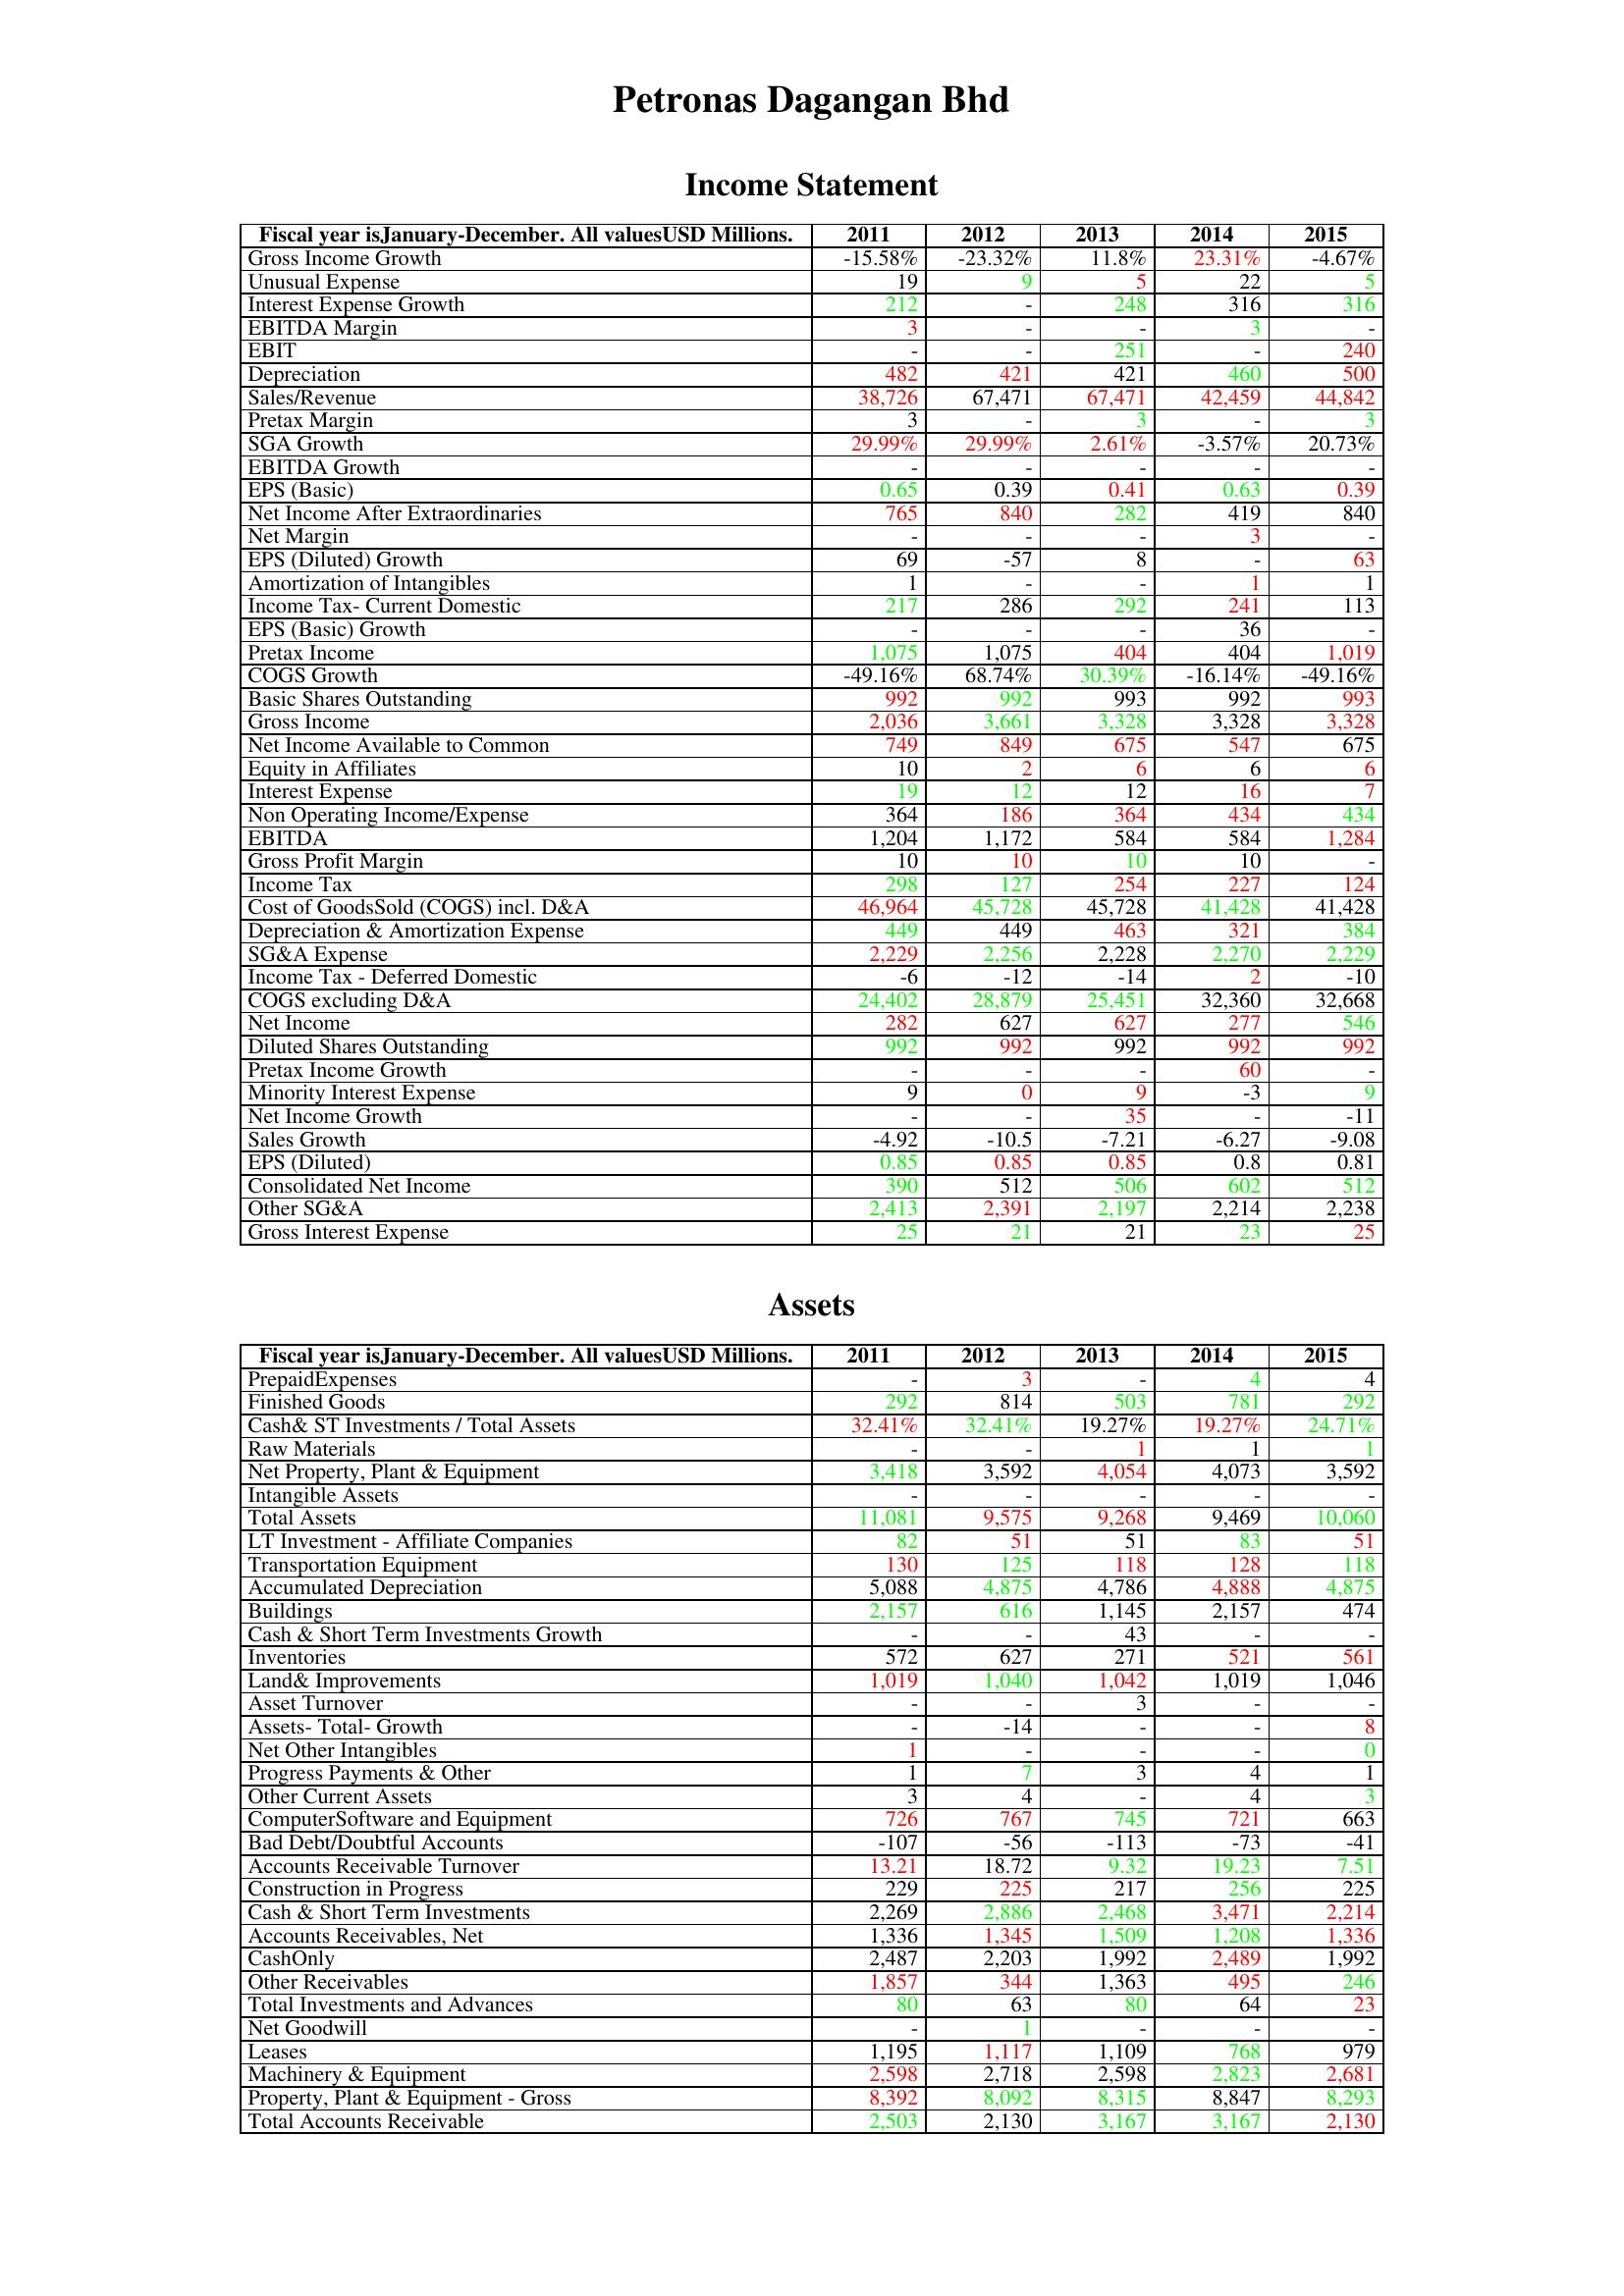
gt_parse: 2011: Income Statement: Gross Income Growth: -15.58%
Unusual Expense: 19
Interest Expense Growth: 212
EBITDA Margin: 3
EBIT: -
Depreciation: 482
Sales/Revenue: 38,726
Pretax Margin: 3
SGA Growth: 29.99%
EBITDA Growth: -
EPS (Basic): 0.65
Net Income After Extraordinaries: 765
Net Margin: -
EPS (Diluted) Growth: 69
Amortization of Intangibles: 1
Income Tax- Current Domestic: 217
EPS (Basic) Growth: -
Pretax Income: 1,075
COGS Growth: -49.16%
Basic Shares Outstanding: 992
Gross Income: 2,036
Net Income Available to Common: 749
Equity in Affiliates: 10
Interest Expense: 19
Non Operating Income/Expense: 364
EBITDA: 1,204
Gross Profit Margin: 10
Income Tax: 298
Cost of GoodsSold (COGS) incl. D&A: 46,964
Depreciation & Amortization Expense: 449
SG&A Expense: 2,229
Income Tax - Deferred Domestic: -6
COGS excluding D&A: 24,402
Net Income: 282
Diluted Shares Outstanding: 992
Pretax Income Growth: -
Minority Interest Expense: 9
Net Income Growth: -
Sales Growth: -4.92
EPS (Diluted): 0.85
Consolidated Net Income: 390
Other SG&A: 2,413
Gross Interest Expense: 25
Assets: PrepaidExpenses: -
Finished Goods: 292
Cash& ST Investments / Total Assets: 32.41%
Raw Materials: -
Net Property, Plant & Equipment: 3,418
Intangible Assets: -
Total Assets: 11,081
LT Investment - Affiliate Companies: 82
Transportation Equipment: 130
Accumulated Depreciation: 5,088
Buildings: 2,157
Cash & Short Term Investments Growth: -
Inventories: 572
Land& Improvements: 1,019
Asset Turnover: -
Assets- Total- Growth: -
Net Other Intangibles: 1
Progress Payments & Other: 1
Other Current Assets: 3
ComputerSoftware and Equipment: 726
Bad Debt/Doubtful Accounts: -107
Accounts Receivable Turnover: 13.21
Construction in Progress: 229
Cash & Short Term Investments: 2,269
Accounts Receivables, Net: 1,336
CashOnly: 2,487
Other Receivables: 1,857
Total Investments and Advances: 80
Net Goodwill: -
Leases: 1,195
Machinery & Equipment: 2,598
Property, Plant & Equipment - Gross : 8,392
Total Accounts Receivable: 2,503
2012: Income Statement: Gross Income Growth: -23.32%
Unusual Expense: 9
Interest Expense Growth: -
EBITDA Margin: -
EBIT: -
Depreciation: 421
Sales/Revenue: 67,471
Pretax Margin: -
SGA Growth: 29.99%
EBITDA Growth: -
EPS (Basic): 0.39
Net Income After Extraordinaries: 840
Net Margin: -
EPS (Diluted) Growth: -57
Amortization of Intangibles: -
Income Tax- Current Domestic: 286
EPS (Basic) Growth: -
Pretax Income: 1,075
COGS Growth: 68.74%
Basic Shares Outstanding: 992
Gross Income: 3,661
Net Income Available to Common: 849
Equity in Affiliates: 2
Interest Expense: 12
Non Operating Income/Expense: 186
EBITDA: 1,172
Gross Profit Margin: 10
Income Tax: 127
Cost of GoodsSold (COGS) incl. D&A: 45,728
Depreciation & Amortization Expense: 449
SG&A Expense: 2,256
Income Tax - Deferred Domestic: -12
COGS excluding D&A: 28,879
Net Income: 627
Diluted Shares Outstanding: 992
Pretax Income Growth: -
Minority Interest Expense: 0
Net Income Growth: -
Sales Growth: -10.5
EPS (Diluted): 0.85
Consolidated Net Income: 512
Other SG&A: 2,391
Gross Interest Expense: 21
Assets: PrepaidExpenses: 3
Finished Goods: 814
Cash& ST Investments / Total Assets: 32.41%
Raw Materials: -
Net Property, Plant & Equipment: 3,592
Intangible Assets: -
Total Assets: 9,575
LT Investment - Affiliate Companies: 51
Transportation Equipment: 125
Accumulated Depreciation: 4,875
Buildings: 616
Cash & Short Term Investments Growth: -
Inventories: 627
Land& Improvements: 1,040
Asset Turnover: -
Assets- Total- Growth: -14
Net Other Intangibles: -
Progress Payments & Other: 7
Other Current Assets: 4
ComputerSoftware and Equipment: 767
Bad Debt/Doubtful Accounts: -56
Accounts Receivable Turnover: 18.72
Construction in Progress: 225
Cash & Short Term Investments: 2,886
Accounts Receivables, Net: 1,345
CashOnly: 2,203
Other Receivables: 344
Total Investments and Advances: 63
Net Goodwill: 1
Leases: 1,117
Machinery & Equipment: 2,718
Property, Plant & Equipment - Gross : 8,092
Total Accounts Receivable: 2,130
2013: Income Statement: Gross Income Growth: 11.8%
Unusual Expense: 5
Interest Expense Growth: 248
EBITDA Margin: -
EBIT: 251
Depreciation: 421
Sales/Revenue: 67,471
Pretax Margin: 3
SGA Growth: 2.61%
EBITDA Growth: -
EPS (Basic): 0.41
Net Income After Extraordinaries: 282
Net Margin: -
EPS (Diluted) Growth: 8
Amortization of Intangibles: -
Income Tax- Current Domestic: 292
EPS (Basic) Growth: -
Pretax Income: 404
COGS Growth: 30.39%
Basic Shares Outstanding: 993
Gross Income: 3,328
Net Income Available to Common: 675
Equity in Affiliates: 6
Interest Expense: 12
Non Operating Income/Expense: 364
EBITDA: 584
Gross Profit Margin: 10
Income Tax: 254
Cost of GoodsSold (COGS) incl. D&A: 45,728
Depreciation & Amortization Expense: 463
SG&A Expense: 2,228
Income Tax - Deferred Domestic: -14
COGS excluding D&A: 25,451
Net Income: 627
Diluted Shares Outstanding: 992
Pretax Income Growth: -
Minority Interest Expense: 9
Net Income Growth: 35
Sales Growth: -7.21
EPS (Diluted): 0.85
Consolidated Net Income: 506
Other SG&A: 2,197
Gross Interest Expense: 21
Assets: PrepaidExpenses: -
Finished Goods: 503
Cash& ST Investments / Total Assets: 19.27%
Raw Materials: 1
Net Property, Plant & Equipment: 4,054
Intangible Assets: -
Total Assets: 9,268
LT Investment - Affiliate Companies: 51
Transportation Equipment: 118
Accumulated Depreciation: 4,786
Buildings: 1,145
Cash & Short Term Investments Growth: 43
Inventories: 271
Land& Improvements: 1,042
Asset Turnover: 3
Assets- Total- Growth: -
Net Other Intangibles: -
Progress Payments & Other: 3
Other Current Assets: -
ComputerSoftware and Equipment: 745
Bad Debt/Doubtful Accounts: -113
Accounts Receivable Turnover: 9.32
Construction in Progress: 217
Cash & Short Term Investments: 2,468
Accounts Receivables, Net: 1,509
CashOnly: 1,992
Other Receivables: 1,363
Total Investments and Advances: 80
Net Goodwill: -
Leases: 1,109
Machinery & Equipment: 2,598
Property, Plant & Equipment - Gross : 8,315
Total Accounts Receivable: 3,167
2014: Income Statement: Gross Income Growth: 23.31%
Unusual Expense: 22
Interest Expense Growth: 316
EBITDA Margin: 3
EBIT: -
Depreciation: 460
Sales/Revenue: 42,459
Pretax Margin: -
SGA Growth: -3.57%
EBITDA Growth: -
EPS (Basic): 0.63
Net Income After Extraordinaries: 419
Net Margin: 3
EPS (Diluted) Growth: -
Amortization of Intangibles: 1
Income Tax- Current Domestic: 241
EPS (Basic) Growth: 36
Pretax Income: 404
COGS Growth: -16.14%
Basic Shares Outstanding: 992
Gross Income: 3,328
Net Income Available to Common: 547
Equity in Affiliates: 6
Interest Expense: 16
Non Operating Income/Expense: 434
EBITDA: 584
Gross Profit Margin: 10
Income Tax: 227
Cost of GoodsSold (COGS) incl. D&A: 41,428
Depreciation & Amortization Expense: 321
SG&A Expense: 2,270
Income Tax - Deferred Domestic: 2
COGS excluding D&A: 32,360
Net Income: 277
Diluted Shares Outstanding: 992
Pretax Income Growth: 60
Minority Interest Expense: -3
Net Income Growth: -
Sales Growth: -6.27
EPS (Diluted): 0.8
Consolidated Net Income: 602
Other SG&A: 2,214
Gross Interest Expense: 23
Assets: PrepaidExpenses: 4
Finished Goods: 781
Cash& ST Investments / Total Assets: 19.27%
Raw Materials: 1
Net Property, Plant & Equipment: 4,073
Intangible Assets: -
Total Assets: 9,469
LT Investment - Affiliate Companies: 83
Transportation Equipment: 128
Accumulated Depreciation: 4,888
Buildings: 2,157
Cash & Short Term Investments Growth: -
Inventories: 521
Land& Improvements: 1,019
Asset Turnover: -
Assets- Total- Growth: -
Net Other Intangibles: -
Progress Payments & Other: 4
Other Current Assets: 4
ComputerSoftware and Equipment: 721
Bad Debt/Doubtful Accounts: -73
Accounts Receivable Turnover: 19.23
Construction in Progress: 256
Cash & Short Term Investments: 3,471
Accounts Receivables, Net: 1,208
CashOnly: 2,489
Other Receivables: 495
Total Investments and Advances: 64
Net Goodwill: -
Leases: 768
Machinery & Equipment: 2,823
Property, Plant & Equipment - Gross : 8,847
Total Accounts Receivable: 3,167
2015: Income Statement: Gross Income Growth: -4.67%
Unusual Expense: 5
Interest Expense Growth: 316
EBITDA Margin: -
EBIT: 240
Depreciation: 500
Sales/Revenue: 44,842
Pretax Margin: 3
SGA Growth: 20.73%
EBITDA Growth: -
EPS (Basic): 0.39
Net Income After Extraordinaries: 840
Net Margin: -
EPS (Diluted) Growth: 63
Amortization of Intangibles: 1
Income Tax- Current Domestic: 113
EPS (Basic) Growth: -
Pretax Income: 1,019
COGS Growth: -49.16%
Basic Shares Outstanding: 993
Gross Income: 3,328
Net Income Available to Common: 675
Equity in Affiliates: 6
Interest Expense: 7
Non Operating Income/Expense: 434
EBITDA: 1,284
Gross Profit Margin: -
Income Tax: 124
Cost of GoodsSold (COGS) incl. D&A: 41,428
Depreciation & Amortization Expense: 384
SG&A Expense: 2,229
Income Tax - Deferred Domestic: -10
COGS excluding D&A: 32,668
Net Income: 546
Diluted Shares Outstanding: 992
Pretax Income Growth: -
Minority Interest Expense: 9
Net Income Growth: -11
Sales Growth: -9.08
EPS (Diluted): 0.81
Consolidated Net Income: 512
Other SG&A: 2,238
Gross Interest Expense: 25
Assets: PrepaidExpenses: 4
Finished Goods: 292
Cash& ST Investments / Total Assets: 24.71%
Raw Materials: 1
Net Property, Plant & Equipment: 3,592
Intangible Assets: -
Total Assets: 10,060
LT Investment - Affiliate Companies: 51
Transportation Equipment: 118
Accumulated Depreciation: 4,875
Buildings: 474
Cash & Short Term Investments Growth: -
Inventories: 561
Land& Improvements: 1,046
Asset Turnover: -
Assets- Total- Growth: 8
Net Other Intangibles: 0
Progress Payments & Other: 1
Other Current Assets: 3
ComputerSoftware and Equipment: 663
Bad Debt/Doubtful Accounts: -41
Accounts Receivable Turnover: 7.51
Construction in Progress: 225
Cash & Short Term Investments: 2,214
Accounts Receivables, Net: 1,336
CashOnly: 1,992
Other Receivables: 246
Total Investments and Advances: 23
Net Goodwill: -
Leases: 979
Machinery & Equipment: 2,681
Property, Plant & Equipment - Gross : 8,293
Total Accounts Receivable: 2,130